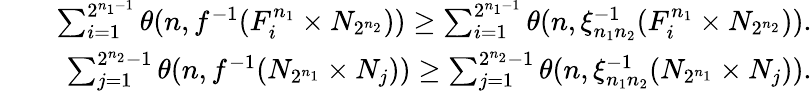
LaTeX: \begin{array}{rlr}&{}&{\sum_{i=1}^{2^{n_{1}-1}}\theta(n,f^{-1}(F_{i}^{n_{1}}\times N_{2^{n_{2}}}))\ge\sum_{i=1}^{2^{n_{1}-1}}\theta(n,\xi_{n_{1}n_{2}}^{-1}(F_{i}^{n_{1}}\times N_{2^{n_{2}}})).}\\ &{}&{\sum_{j=1}^{2^{n_{2}}-1}\theta(n,f^{-1}(N_{2^{n_{1}}}\times N_{j}))\ge\sum_{j=1}^{2^{n_{2}}-1}\theta(n,\xi_{n_{1}n_{2}}^{-1}(N_{2^{n_{1}}}\times N_{j})).}\end{array}